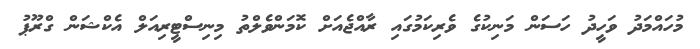
މުހައްމަދު ވަހީދު ހަސަން މަނިކުގެ ވެރިކަމުގައި ރާއްޖެއަށް ކޮމަންވެލްތު މިނިސްޓީރިއަލް އެކްޝަން ގްރޫޕު